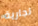
تجارية